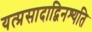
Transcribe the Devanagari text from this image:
यत्प्रसादाद्विनश्यति